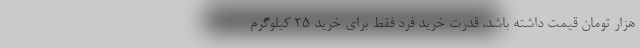
هزار تومان قیمت داشته باشد، قدرت خرید فرد فقط برای خرید ۲۵ کیلوگرم